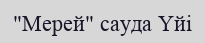
"Мерей" сауда Үйі​